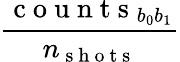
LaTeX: \frac{\mathrm{~c~o~u~n~t~s~}_{b_{0}b_{1}}}{n_{\mathrm{~s~h~o~t~s~}}}